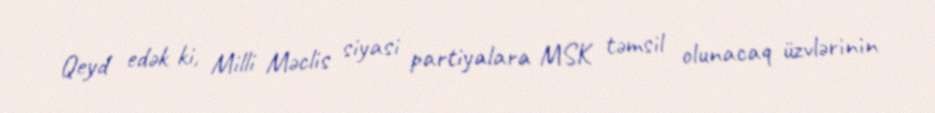
Qeyd edək ki, Milli Məclis siyasi partiyalara MSK təmsil olunacaq üzvlərinin